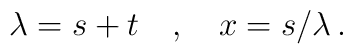
\lambda = s+t \quad,\quad x=s/\lambda  \,.